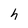
Character: h